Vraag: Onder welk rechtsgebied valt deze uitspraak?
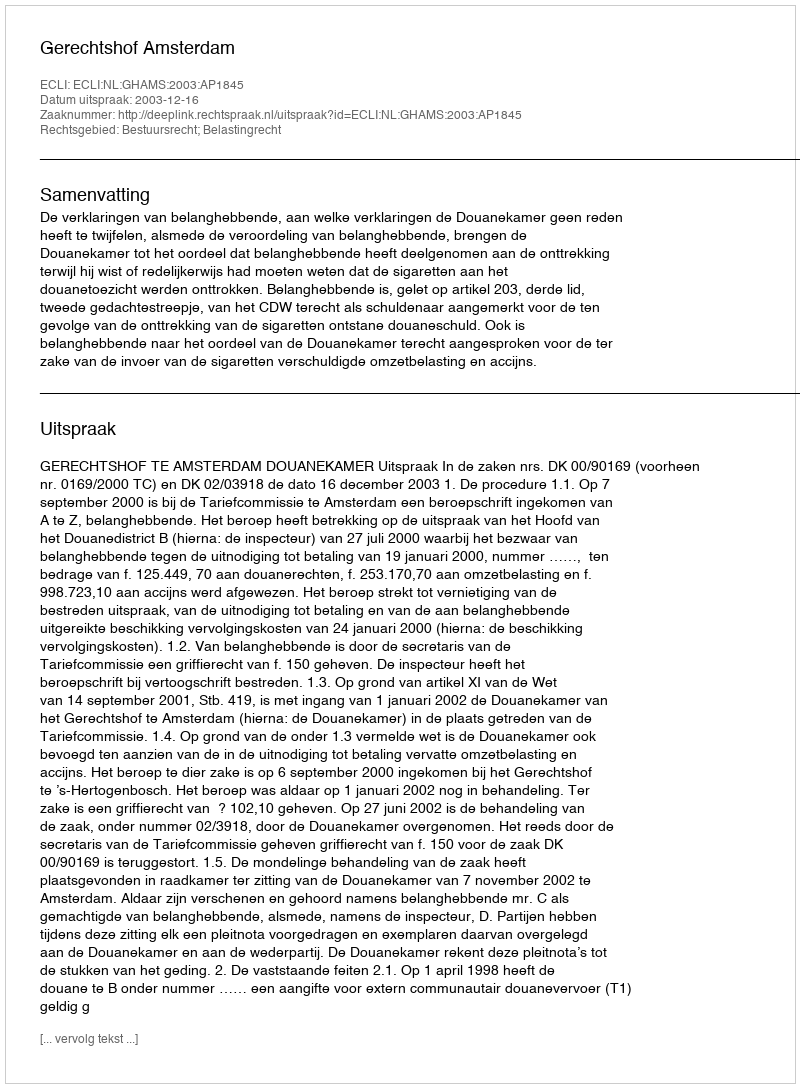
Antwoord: Bestuursrecht; Belastingrecht